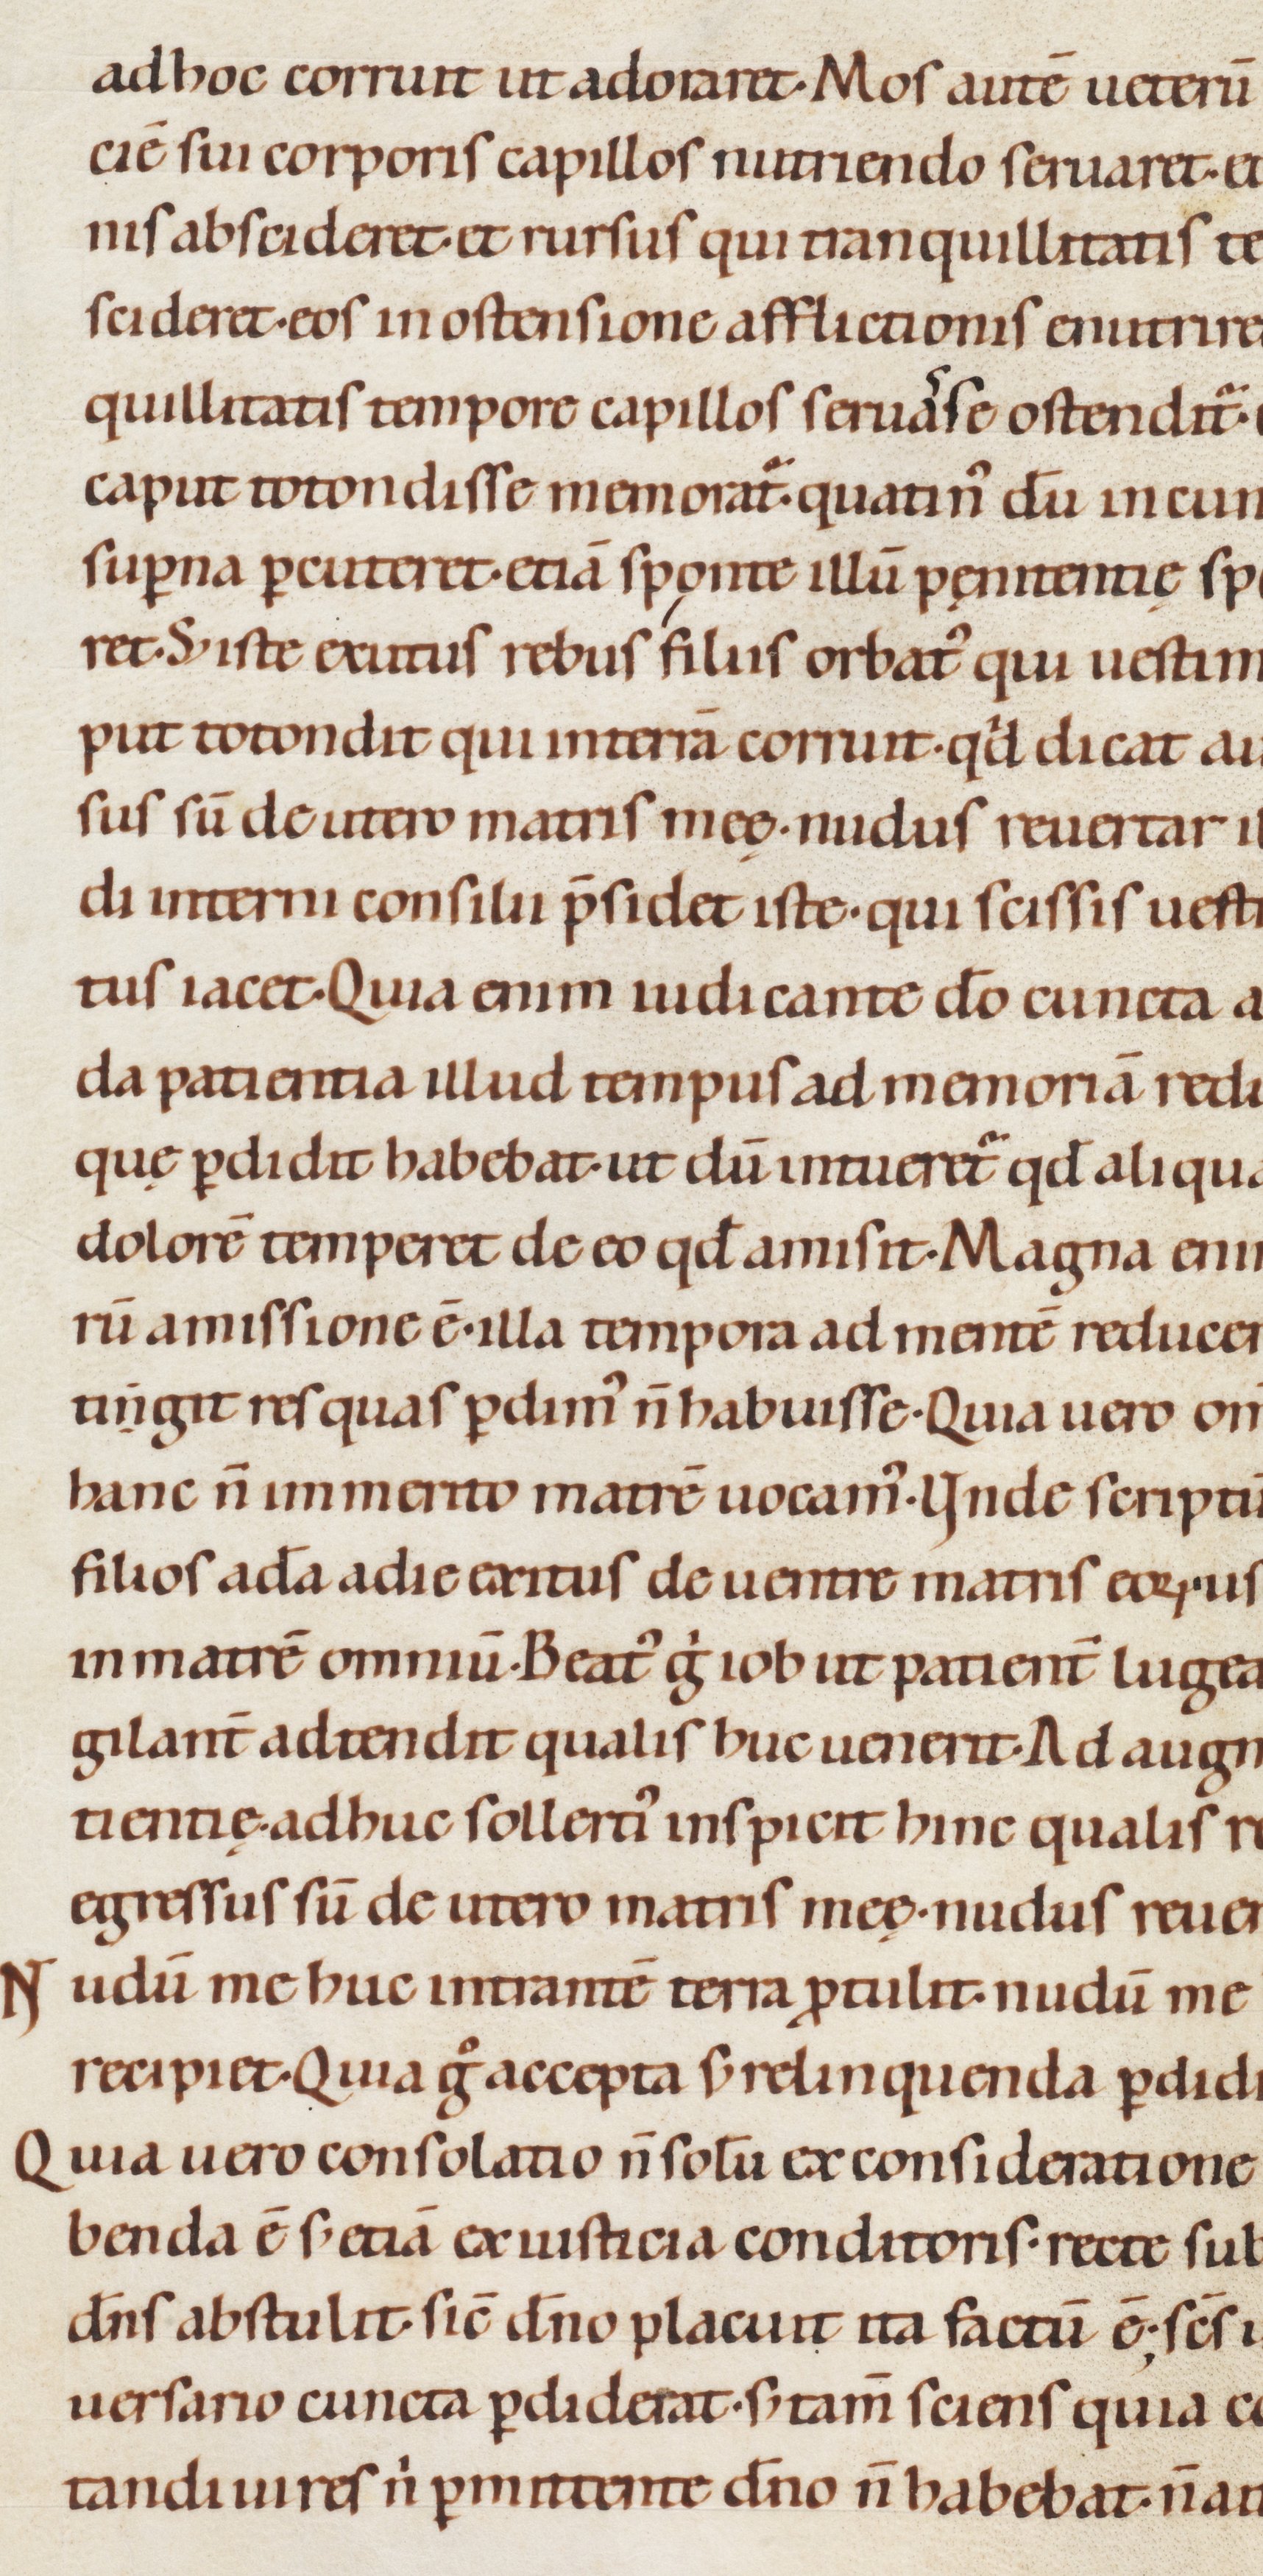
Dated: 1080–1096